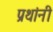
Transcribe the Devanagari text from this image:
प्रथांनी